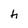
Character: h